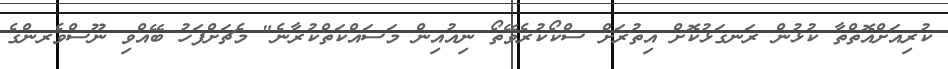
ކުރިއަށްއޮތްތާ ކުޅުން ރަނގަޅުކޮށް އިތުރަށް ސްކޯކުރެވޭތޯ ނިއުއިން މަސައްކަތްކުރާނެ" މެޗަށްފަހު ބޭއްވި ނޫސްވެރންގެ